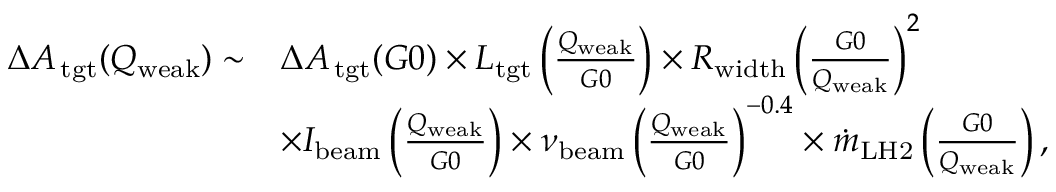
\begin{array} { r l } { \Delta { { A _ { \, \mathrm { t g t } } } } ( Q _ { \mathrm { { w e a k } } } ) \sim } & { \Delta { { A _ { \, \mathrm { t g t } } } } ( G 0 ) \times L _ { \mathrm { { t g t } } } \left( \frac { Q _ { \mathrm { { w e a k } } } } { G 0 } \right) \times R _ { \mathrm { w i d t h } } \left( \frac { G 0 } { Q _ { \mathrm { { w e a k } } } } \right) ^ { 2 } } \\ & { \times I _ { \mathrm { b e a m } } \left( \frac { Q _ { \mathrm { { w e a k } } } } { G 0 } \right) \times \nu _ { \mathrm { b e a m } } \left( \frac { Q _ { \mathrm { { w e a k } } } } { G 0 } \right) ^ { - 0 . 4 } \times \dot { m } _ { \mathrm { L H 2 } } \left( \frac { G 0 } { Q _ { \mathrm { { w e a k } } } } \right) , } \end{array}